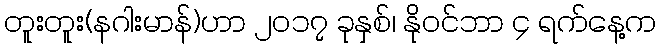
တူးတူး(နဂါးမာန်)ဟာ ၂၀၁၇ ခုနှစ်၊ နိုဝင်ဘာ ၄ ရက်နေ့က